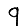
Digit: 9